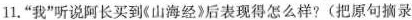
11.”我”听说阿长买到《山海经》后表现得怎么样?(把原句摘录